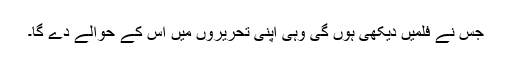
جس نے فلمیں دیکھی ہوں گی وہی اپنی تحریروں میں اس کے حوالے دے گا۔